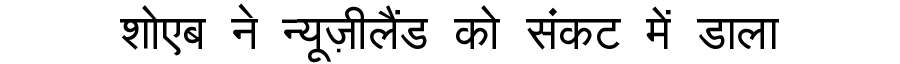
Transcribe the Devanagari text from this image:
शोएब ने न्यूज़ीलैंड को संकट में डाला